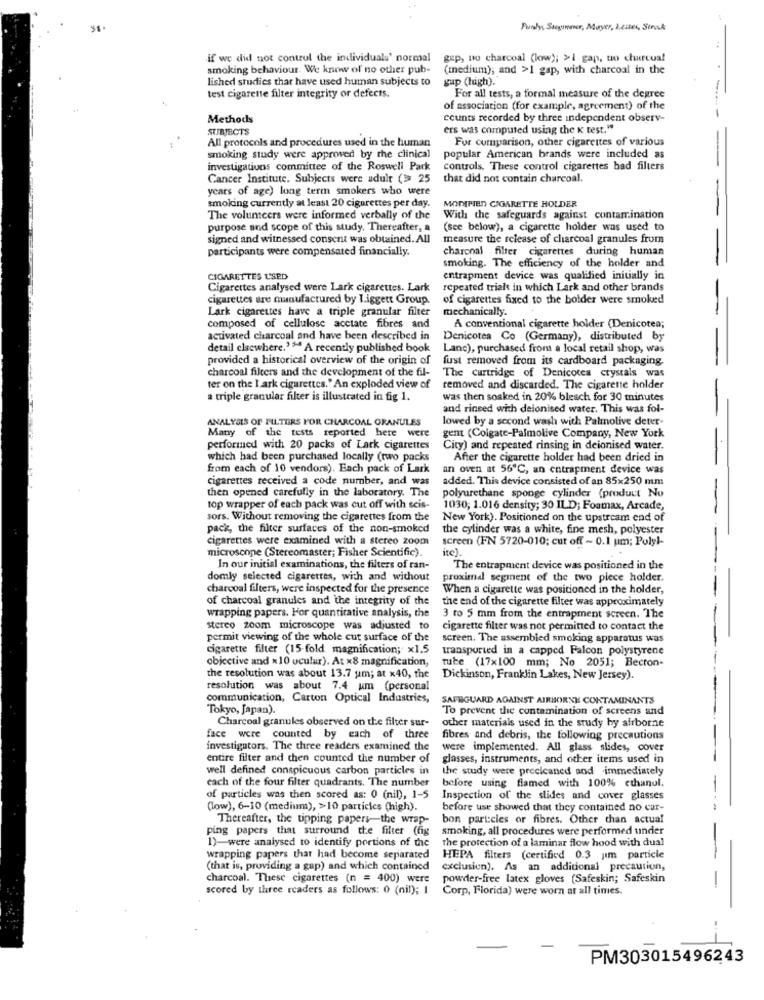
Pundy, Sagunner, Mayer, Żeates, Strak
if we did not control the individualu' normal
gep, no charcoal (low); >i gap, to charcual
smoking behaviour. We know of no other pub-
(medium); and >1 gap, with charcoal in the
lished studies that have used human subjects to
gap (high).
test cigarette filter integrity or defects.
For all tests, a formal measure of the degree
of association (for example, agreement) of the
Methods
counts recorded by three independent observ-
SUBJECTS
ers was computed using the K test."
All protocols and procedures used in the human
For comparison, other cigarettes of various
smoking study were approved by the clinical
popular American brands were included as
investigations committee of the Roswell Park
controls. These control cigarettes bad filters
Cancer Institute. Subjects were adult (> 25
that did not contain charcoal.
years of age) long term smokers who were
smoking currently at least 20 cigarettes per day.
MODIFIED CIGARETTE HOLDER
The volunteers were informed verbally of the
With the safeguards against contamination
purpose and scope of this study. Thereafter, a
(see below), a cigarette holder was used to
signed and witnessed consent was obtained. All
measure the release of charcoal granules from
participants were compensated financially.
charonal filter cigarettes during human
smoking. The efficiency of the holder and
CIGARETTES USED
entrapment device was qualified initially in
Cigarettes analysed were Lark cigarettes. Lark
repeated trials in which Lark and other brands
cigarettes are manufactured by Liggett Group.
of cigarettes fixed to the bolder were smoked
Lark cigarettes have a triple granular filter
mechanically.
composed of cellulose acetate fibres and
A conventional cigarette holder (Denicotea;
activated charcoal and have been described in
Denicotea Co (Germany), distributed by
detail elsewhere.'* A recently published book
Lanc), purchased from a local retail shop, was
provided a historical overview of the origin of
fust removed from its cardboard packaging
charcoal filters and the development of the fil-
The cartridge of Denicotea crystals was
ter on the I ark cigarettes.' An exploded view of
removed and discarded. The cigarette holder
a triple granular filter is illustrated in fig 1.
was then soaked in 20% bleach for 30 minutes
and rineed with delonised water. This was fol-
ANALYSIS OF FILTERS FOR CHARCOAL GRANULES
lowed by a second wash with Palmolive deter-
Many of the tests reported here were
gent (Colgate-Palmolive Company, New York
performed with 20 packs of Lark cigarettes
City) and repeated rinsing in deionised water.
which had been purchased locally (two packs
After the cigarette holder had been dried in
from each of 10 vendors). Each pack of Lark
an oven at 56℃, an entrapment device was
cigarettes received a code number, and was
added. This device consisted of an 85×250 mm
then opened carefully in the laboratory. The
polyurethane sponge cylinder (product No
top wrapper of each pack was cut off with scis-
1030; 1.016 density; 30 ILD; Foamax, Arcade,
sors. Without removing the cigarettes from the
New York). Positioned on the upstream end of
pack, the filter surfaces of the non-smoked
the cylinder was a white, fine mesh, polyester
cigarettes were examined with a stereo zoom
screen (FN 5720-010; cut off ~ 0.1 um; Pulyl-
microscope (Stereomaster; Fisher Scientific).
ite).
In our initial examinations, the filters of ran-
The entrapment device was positioned in the
domly selected cigarettes, with and without
proximal segment of the two piece holder.
charcoal filters, were inspected for the presence
When a cigarette was positioned in the holder,
of charcoal granules and the integrity of the
the end of the cigarette filter was approximately
wrapping papers. For quantitative analysis, the
3 to 5 mm from the entrapment screen. The
stereo zoom microscope was adjusted to
cigarette filter was not permitted to contact the
permit viewing of the whole cut surface of the
screen. The assembled smoking apparatus was
cigarette filter (15-fold magnification; x1.5
transported in a capped Falcon polystyrene
objective and «10 uculur). At ×8 magnification,
tube (17x100 mm; No 2051; Becton-
the resolution was about 13.7 um; at x40, the
Dickinson, Franklin Lakes, New Jersey).
resolution was about 7.4 um (personal
communication, Carton Optical Industries,
SAFEGUARD AGAINST AIRBORNE CONTAMINANTS
Tokyo, Japan).
To prevent the contamination of screens and
Charcoal granules observed on the filter sur-
other materials used in the study by airborne
face were counted by each of three
fibres and debris, the following precautions
investigators. The three readers examined the
were implemented. All glass slides, cover
entire filter and then counted the number of
glasses, instruments, and other items used in
well defined conspicuous carbon particles in
the study were preelcaned and immediately
each of the four filter quadrants. The number
before using flamed with 100% ethanol.
of particles was then scored as: 0 (nil), 1-5
Inspection of the slides and cover glasses
(low), 6-10 (medium), >10 particles (high).
before use showed that they contained no car-
Thereafter, the tipping papers-the wrap-
bon particles or fibres. Other than actual
ping papers that surround the filter (fig
smoking, all procedures were performed under
1)-were analysed to identify portions of the
the protection of a laminar flow hood with dual
wrapping papers that had become separated
HEPA filters (certified 0.3 pm particle
(that is, providing a gap) and which contained
exclusion). As an additional precaution,
charcoal. These cigarettes (n = 400) were
powder-free latex gloves (Safeskin; Safeskin
scored by three readers as follows: 0 (nil); I
Corp, Florida) were worn at all times.
PM303015496243